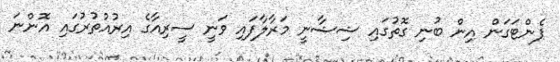
ޕެންޓަގަން އިން ބުނި ގޮތުގައި ޝިޝާނީ މަރާލާފައި ވަނީ ސީރިއާގެ އިރުއުތުރުގައި އޮންނަ